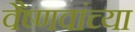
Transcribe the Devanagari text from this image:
वैष्णवांच्या